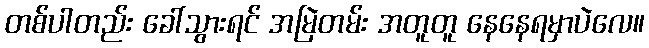
တစ်ပါတည်း ခေါ်သွားရင် အမြဲတမ်း အတူတူ နေနေရမှာပဲလေ။